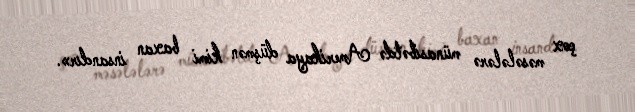
çox məsələlərə münasibətdə Amerikaya düşmən kimi baxan insandır».